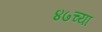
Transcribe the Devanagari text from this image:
४७च्या